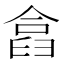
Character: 𠍗